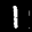
Label: 1